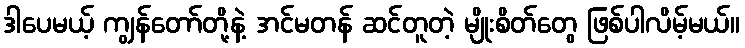
ဒါပေမယ့် ကျွန်တော်တို့နဲ့ အင်မတန် ဆင်တူတဲ့ မျိုးစိတ်တွေ ဖြစ်ပါလိမ့်မယ်။